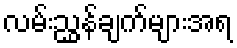
လမ်းညွှန်ချက်များအရ